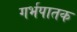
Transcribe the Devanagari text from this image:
गर्भपातक